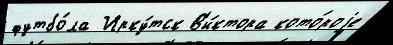
футбо́ла Ирку́тск В'и́ктора кото́роjе